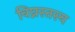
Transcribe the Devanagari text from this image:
विघ्नस्तस्य